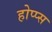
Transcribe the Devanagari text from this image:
होप्प्स